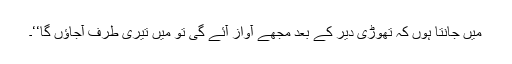
مَیں جانتا ہوں کہ تھوڑی دیر کے بعد مجھے آواز آئے گی تو مَیں تیری طرف آجاؤں گا‘‘۔